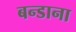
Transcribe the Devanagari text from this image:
बन्डाना